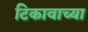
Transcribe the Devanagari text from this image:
टिकावाच्या